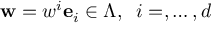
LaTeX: { \bf w } = w ^ { i } { \bf e } _ { i } \in \Lambda , \; \; i = , \dots , d